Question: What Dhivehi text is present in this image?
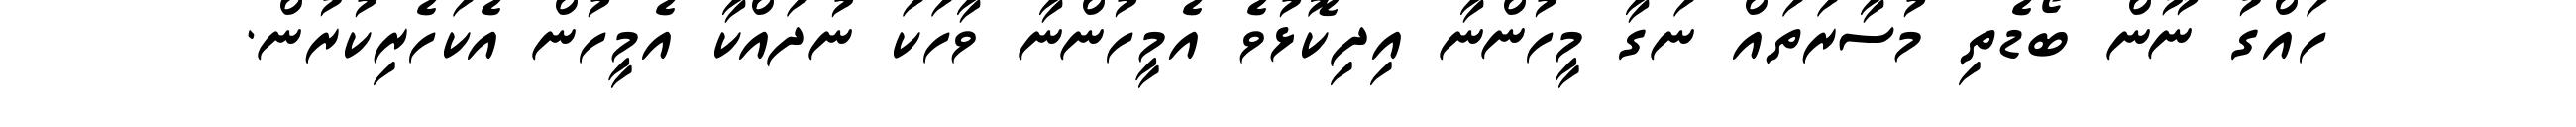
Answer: ހައްގު ނޫން ބޯޑެތި މުސާރަތައް ނަގާ މީހުންނާ އިދިކޮޅުވެ އެމީހުންނާ ވާހަކަ ނުދައްކާ އެމީހުން އެކަހެރިކުރުން.